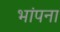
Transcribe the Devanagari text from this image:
भांपना